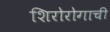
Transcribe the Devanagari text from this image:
शिरोरोगाची